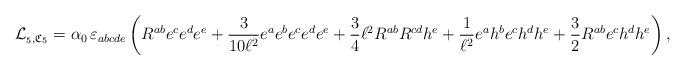
LaTeX: \begin{align*}\mathcal{L}_{_{5},\mathfrak{C}_{5}}=\alpha_{0}\,\varepsilon_{abcde}\left( R^{ab}e^{c}e^{d}e^{e}+\frac{3}{10\ell^{2}}e^{a}e^{b}e^{c}e^{d}e^{e}+\frac{3}{4}\ell^{2}R^{ab}R^{cd}h^{e}+\frac{1}{\ell^{2}}e^{a}h^{b}e^{c}h^{d}h^{e}+\frac{3}{2}R^{ab}e^{c}h^{d}h^{e}\right) ,\end{align*}